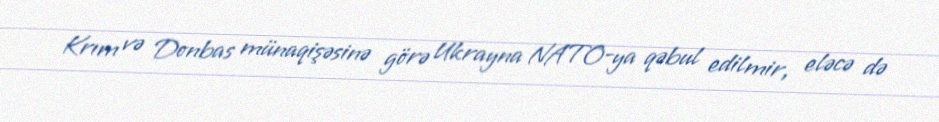
Krım və Donbas münaqişəsinə görə Ukrayna NATO-ya qəbul edilmir, eləcə də